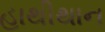
હાથીથાન